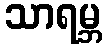
သာရမ္ဘ